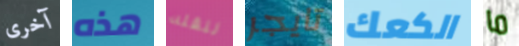
آخرى هذه لنقله تايجر الكعك ما